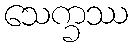
သေက္ခဿ